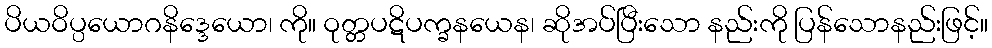
ပိယဝိပ္ပယောဂနိဒ္ဒေယော၊ ကို။ ဝုတ္တပဋိပက္ခနယေန၊ ဆိုအပ်ပြီးသော နည်းကို ပြန်သောနည်းဖြင့်။